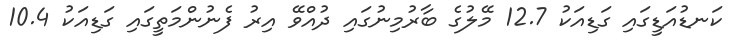
ކަނޑުއަޑީގައި ގަޑިއަކު 12.7 މޭލުގެ ބާރުމިނުގައި ދުއްވޭ އިރު ފެނުންމަތީގައި ގަޑިއަކު 10.4